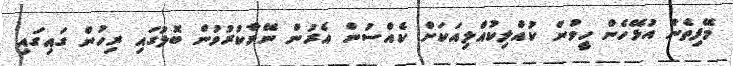
މޭފިތެން އުޅޭހެން ހީވުން ކުއްލިކުއްލިއަކަށް ކެއްސުން އެރުން ނޭވާކުރުވުން ބޮލުގައި ރިހުން ގައިގައި